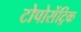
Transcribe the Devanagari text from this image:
टोपोसेंट्रिक